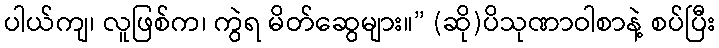
ပါယ်ကျ၊ လူဖြစ်က၊ ကွဲရ မိတ်ဆွေများ။” (ဆို)ပိသုဏာဝါစာနဲ့ စပ်ပြီး